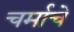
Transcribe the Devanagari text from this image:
चर्माचे